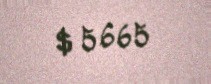
$ 5665